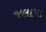
જલાપા